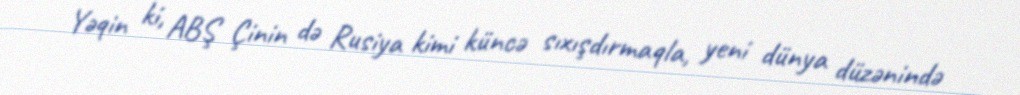
Yəqin ki, ABŞ Çinin də Rusiya kimi küncə sıxışdırmaqla, yeni dünya düzənində